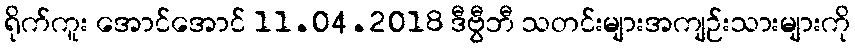
ရိုက်ကူး အောင်အောင် 11.04.2018 ဒီဗွီဘီ သတင်းများအကျဉ်းသားများကို